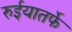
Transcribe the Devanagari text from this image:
रुईयातर्फे